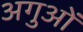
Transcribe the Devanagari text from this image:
अगुओं